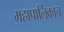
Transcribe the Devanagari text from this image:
महापालिकाच